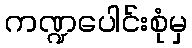
ကဏ္ဍပေါင်းစုံမှ